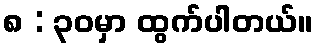
၈ : ၃၀မှာ ထွက်ပါတယ်။